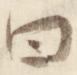
曰